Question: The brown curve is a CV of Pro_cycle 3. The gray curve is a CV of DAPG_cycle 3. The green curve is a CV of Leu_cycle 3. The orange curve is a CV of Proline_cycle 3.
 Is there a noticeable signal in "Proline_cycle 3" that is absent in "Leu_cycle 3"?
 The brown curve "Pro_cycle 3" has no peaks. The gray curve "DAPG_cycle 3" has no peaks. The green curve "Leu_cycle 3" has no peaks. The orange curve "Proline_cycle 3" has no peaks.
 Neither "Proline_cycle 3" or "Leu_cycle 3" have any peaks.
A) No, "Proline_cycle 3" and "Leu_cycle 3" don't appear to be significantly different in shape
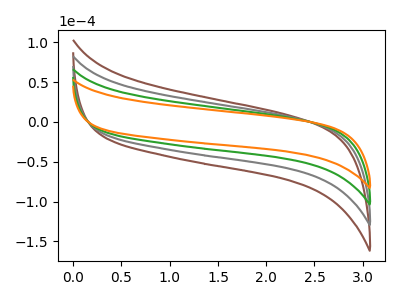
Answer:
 <answer>A) No, "Proline_cycle 3" and "Leu_cycle 3" don't appear to be significantly different in shape</answer>
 <eval>A</eval>